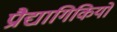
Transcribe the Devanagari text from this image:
प्रौद्यागिकियों